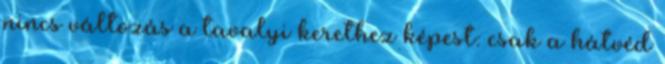
nincs változás a tavalyi kerethez képest: csak a hátvéd